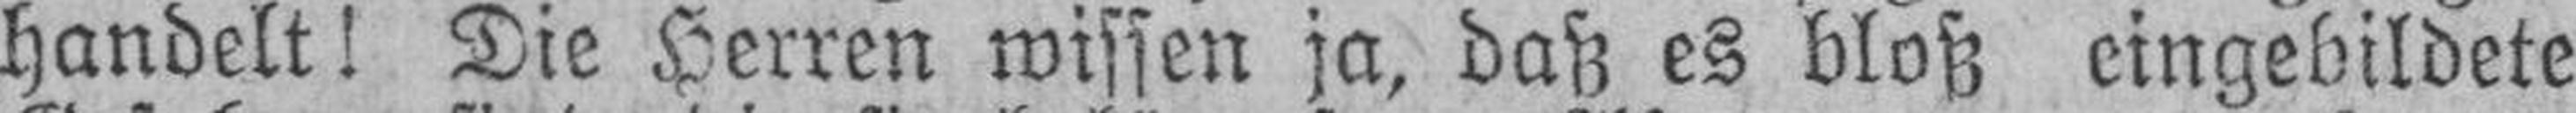
handelt! Die Herren wissen ja, daß es bloß eingebildete